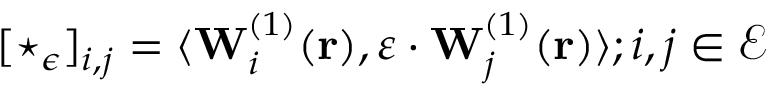
[ \star _ { \epsilon } ] _ { i , j } = \langle \mathbf { W } _ { i } ^ { ( 1 ) } ( \mathbf { r } ) , \varepsilon \cdot \mathbf { W } _ { j } ^ { ( 1 ) } ( \mathbf { r } ) \rangle ; i , j \in \mathcal { E }